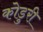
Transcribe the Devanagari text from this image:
कोडुरी